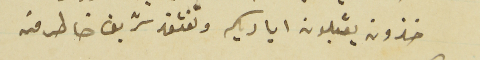
خزون يقبلون اياديكم وتفتقد شريف خاطر من